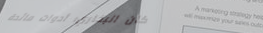
دكان البخاري: أدوات مائدة